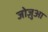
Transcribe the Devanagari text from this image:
जोज़ुआ